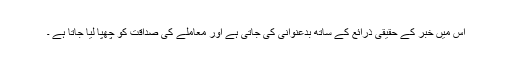
اس میں خبر کے حقیقی ذرائع کے ساتھ بدعنوانی کی جاتی ہے اور معاملے کی صداقت کو چھپا لیا جاتا ہے ۔